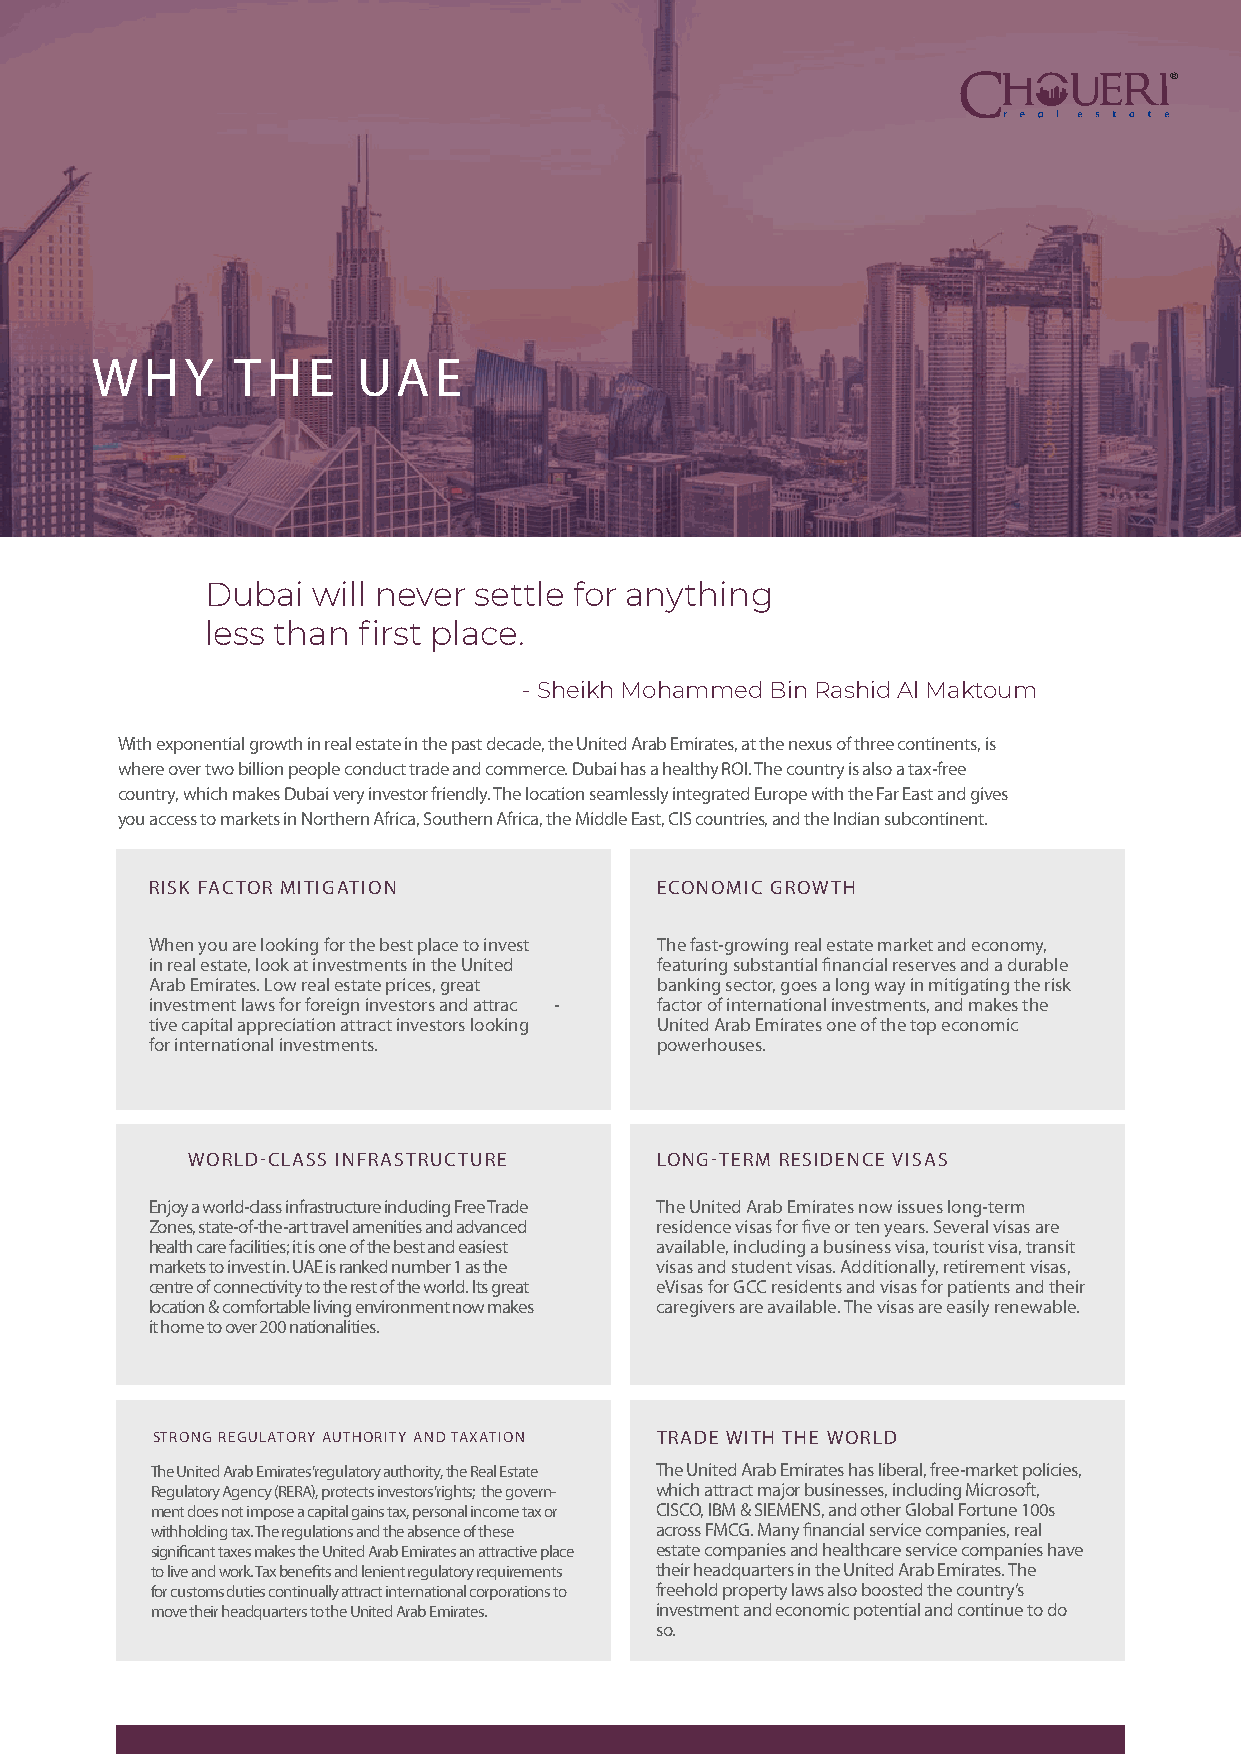
®
 WHY      THE      UAE
 Dubai  will never settle for anything
 less than first place.
 - Sheikh Mohammed Bin Rashid Al Maktoum
 With exponential growth in real estate in the past decade, the United Arab Emirates, at the nexus of three continents, is
 where over two billion people conduct trade and commerce. Dubai has a healthy ROI. The country is also a tax-free
 country, which makes Dubai very investor friendly. The location seamlessly integrated Europe with the Far East and gives
 you access to markets in Northern Africa, Southern Africa, the Middle East, CIS countries, and the Indian subcontinent.
 RISK FACTOR MITIGATION           ECONOMIC GROWTH
 When you are looking for the best place to invest The fast-growing real estate market and economy,
 in real estate, look at investments in the United featuring substantial financial reserves and a durable
 Arab Emirates. Low real estate prices, great banking sector, goes a long way in mitigating the risk
 investment laws for foreign investors and attrac - factor of international investments, and makes the
 tive capital appreciation attract investors looking United Arab Emirates one of the top economic
 for international investments.   powerhouses.
 WORLD-CLASS INFRASTRUCTURE     LONG-TERM RESIDENCE VISAS
 Enjoy a world-class infrastructure including Free Trade The United Arab Emirates now issues long-term
 Zones, state-of-the-art travel amenities and advanced residence visas for five or ten years. Several visas are
 health care facilities; it is one of the best and easiest available, including a business visa, tourist visa, transit
 markets to invest in. UAE is ranked number 1 as the visas and student visas. Additionally, retirement visas,
 centre of connectivity to the rest of the world. Its great eVisas for GCC residents and visas for patients and their
 location & comfortable living environment now makes caregivers are available. The visas are easily renewable.
 it home to over 200 nationalities.
 STRONG REGULATORY AUTHORITY AND TAXATION TRADE WITH THE WORLD
 The United Arab Emirates’ regulatory authority, the Real Estate The United Arab Emirates has liberal, free-market policies,
 Regulatory Agency (RERA), protects investors’ rights; the govern- which attract major businesses, including Microsoft,
 ment does not impose a capital gains tax, personal income tax or CISCO, IBM & SIEMENS, and other Global Fortune 100s
 withholding tax. The regulations and the absence of these across FMCG. Many financial service companies, real
 significant taxes makes the United Arab Emirates an attractive place estate companies and healthcare service companies have
 to live and work. Tax benefits and lenient regulatory requirements their headquarters in the United Arab Emirates. The
 for customs duties continually attract international corporations to freehold property laws also boosted the country’s
 move their headquarters to the United Arab Emirates. investment and economic potential and continue to do
 so.